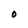
Character: O